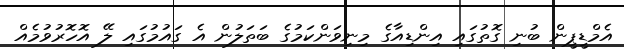
އެމްޑީޕީން ބުނި ގޮތުގައި އިންޑިއާގެ މިނިވަންކަމުގެ ބަތަލުން އެ ގައުމުގައި ލޭ އޮހޮރުވުމެއް